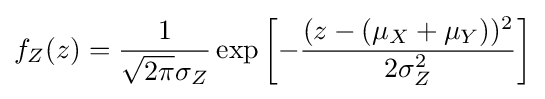
f_{Z}(z)={\frac {1}{{\sqrt {2\pi }}\sigma _{Z}}}\exp \left[-{(z-(\mu _{X}+\mu _{Y}))^{2} \over 2\sigma _{Z}^{2}}\right]